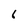
Character: 6